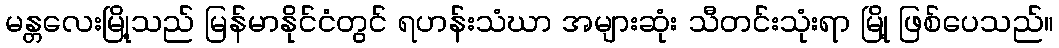
မန္တလေးမြို့သည် မြန်မာနိုင်ငံတွင် ရဟန်းသံဃာ အများဆုံး သီတင်းသုံးရာ မြို့ ဖြစ်ပေသည်။